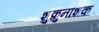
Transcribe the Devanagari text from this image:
शुक्रुनाशक